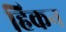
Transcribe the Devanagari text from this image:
हिकन